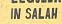
in